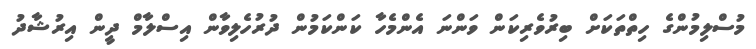
މުސްލިމުންގެ ހިތްތަކަށް ބިރުވެރިކަން ވަންނަ އެންމެހާ ކަންކަމުން ދުރުހެލިވާން އިސްލާމް ދީން އިރުޝާދު